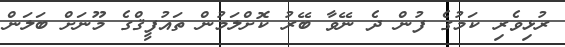
ރުޅިވެރި ކަމުގެ ފުން ދެ ނޭވާ ބޭރު ކޮށްލަމުން ތައުފީޤްގެ މޫނަށް ބަލަން